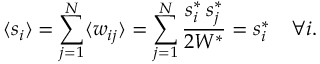
\langle s _ { i } \rangle = \sum _ { j = 1 } ^ { N } \langle w _ { i j } \rangle = \sum _ { j = 1 } ^ { N } \frac { s _ { i } ^ { * } \, s _ { j } ^ { * } } { 2 W ^ { * } } = s _ { i } ^ { * } \quad \forall i .